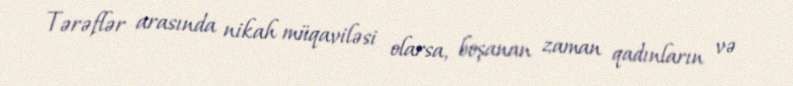
Tərəflər arasında nikah müqaviləsi olarsa, boşanan zaman qadınların və